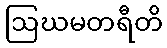
ဩဃမတရီတိ